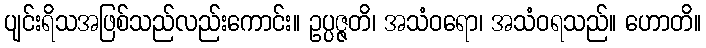
ပျင်းရိသအဖြစ်သည်လည်းကောင်း။ ဥပ္ပဇ္ဇတိ၊ အသံဝရော၊ အသံဝရသည်။ ဟောတိ။